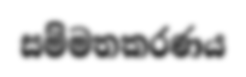
සම්මතකරණය